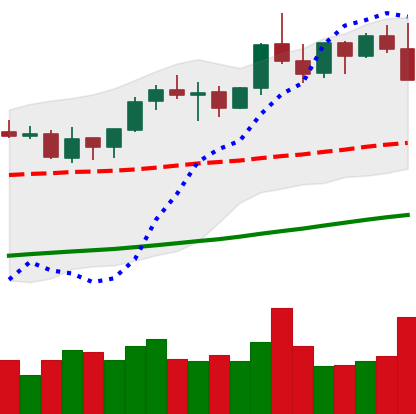
Ticker: ETH-USD
Chart end date: 2021-10-27
Forward return: 10.034%
Label: up_7plus